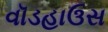
વૉડહાઉસ